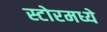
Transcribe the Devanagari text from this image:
स्टोरमध्ये